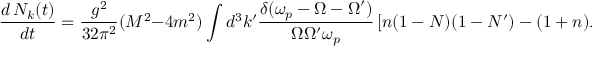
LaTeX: \frac { d \, N _ { k } ( t ) } { d t } = \frac { g ^ { 2 } } { 3 2 \pi ^ { 2 } } ( M ^ { 2 } - 4 m ^ { 2 } ) \int d ^ { 3 } k ^ { \prime } \frac { \delta ( \omega _ { p } - \Omega - \Omega ^ { \prime } ) } { \Omega \Omega ^ { \prime } \omega _ { p } } \left[ n ( 1 - N ) ( 1 - N ^ { \prime } ) - ( 1 + n ) N N ^ { \prime } \right] \, .